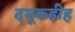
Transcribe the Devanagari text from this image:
दमूकडीह